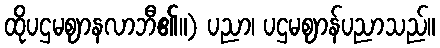
ထိုပဌမဈာနလာဘီ၏။) ပညာ၊ ပဌမဈာန်ပညာသည်။